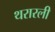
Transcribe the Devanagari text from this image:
थरारली